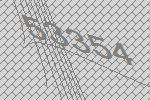
53354